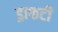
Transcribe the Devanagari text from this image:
ड्राफटी